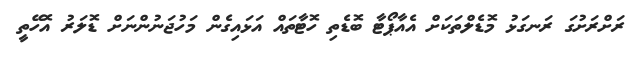
ރަށްރަށުގަ ރަނގަޅު މޮޑެލްތަކަށް އެއާޕޯޓާ ބޮޑެތި ހޮޓާތައް އަޅައިގެން މަހުޖަނުންނަށް ޑޮލަރު އޮހޭތީ